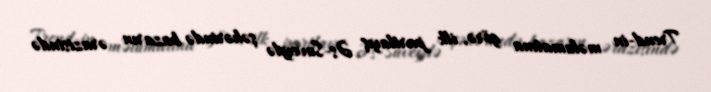
Trend-in məlumatına görə, ilk partlayış Əs-Suveydə şəhərində bazarın ərazisində